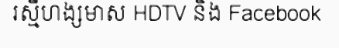
រស្មីហង្សមាស HDTV និង Facebook